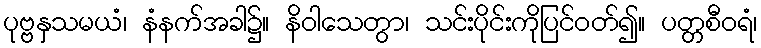
ပုဗ္ဗနှသမယံ၊ နံနက်အခါ၌။ နိဝါသေတွာ၊ သင်းပိုင်းကိုပြင်ဝတ်၍။ ပတ္တစီဝရံ၊